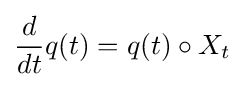
{\frac {d}{dt}}q(t)=q(t)\circ X_{t}